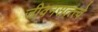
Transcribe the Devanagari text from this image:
जीवनसत्त्त्वे